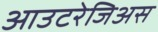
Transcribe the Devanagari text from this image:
आउटरेजिअस